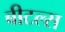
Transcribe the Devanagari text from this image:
बीटल्‍स